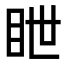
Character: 𥅋